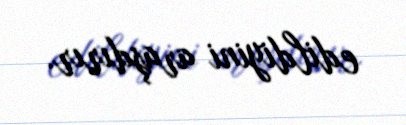
edildiyini araşdırır.